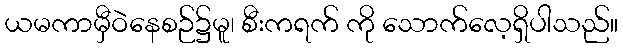
ယမကာမှီဝဲနေစဉ်၌မူ၊ စီးကရက် ကို သောက်လေ့ရှိပါသည်။